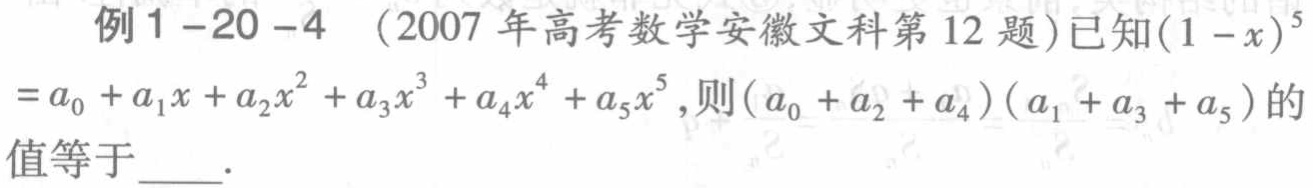
例1-20-4 （2007年高考数学安徽文科第12题）已知\((1 - x)^{5}=a_{0}+a_{1}x + a_{2}x^{2}+a_{3}x^{3}+a_{4}x^{4}+a_{5}x^{5}\)，则\((a_{0}+a_{2}+a_{4})(a_{1}+a_{3}+a_{5})\)的值等于  ．